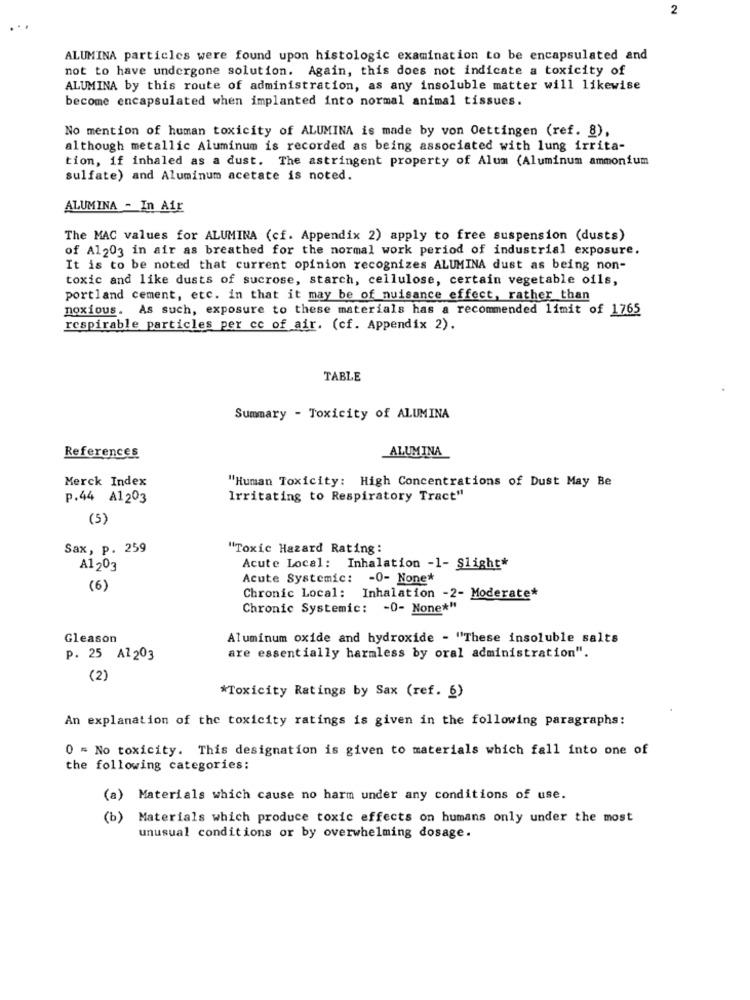
2
ALUMINA particles were found upon histologic examination to be encapsulated and
not to have undergone solution. Again, this does not indicate a toxicity of
ALUMINA by this route of administration, as any insoluble matter will likewise
become encapsulated when implanted into normal animal tissues.
No mention of human toxicity of ALUMINA is made by von Oettingen (ref. 8),
although metallic Aluminum is recorded as being associated with lung irrita-
tion, if inhaled as a dust. The astringent property of Alum (Aluminum ammonium
sulfate) and Aluminum acetate is noted.
ALUMINA - In Air
The MAC values for ALUMINA (cf. Appendix 2) apply to free suspension (dusts)
of Al203 in air as breathed for the normal work period of industrial exposure.
It is to be noted that current opinion recognizes ALUMINA dust as being non-
toxic and like dusts of sucrose, starch, cellulose, certain vegetable oils,
portland cement, etc. in that it may be of nuisance effect, rather than
noxious. As such, exposure to these materials has a recommended limit of 1765
respirable particles per cc of air. (cf. Appendix 2).
TABLE
Summary - Toxicity of ALUMINA
ALUMINA
References
Merck Index
"Human Toxicity: High Concentrations of Dust May Be
p.44 A1203
Irritating to Respiratory Tract"
(5)
Sax, p. 259
"Toxic Hazard Rating:
A1203
Acute Local: Inhalation -1- Slight*
Acute Systemic: - 0- None*
(6)
Chronic Local: Inhalation -2- Moderate*
Chronic Systemic: - 0- None*"
Gleason
Aluminum oxide and hydroxide - "These insoluble salts
p. 25 Al 203
are essentially harmless by oral administration".
(2)
*Toxicity Ratings by Sax (ref. 6)
An explanation of the toxicity ratings is given in the following paragraphs:
0 = No toxicity. This designation is given to materials which fall into one of
the following categories:
(a) Materials which cause no harm under any conditions of use.
(b) Materials which produce toxic effects on humans only under the most
unusual conditions or by overwhelming dosage.